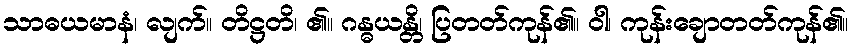
သာဓယမာနံ၊ လျက်။ တိဋ္ဌတိ၊ ၏။ ဂန္ဓယန္တိ၊ ပြတတ်ကုန်၏။ ဝါ၊ ကုန်းချောတတ်ကုန်၏။